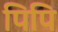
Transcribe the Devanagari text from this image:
पिपि